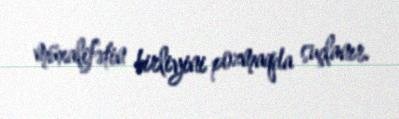
müxalifətin birliyini pozmaqda suçlanır.